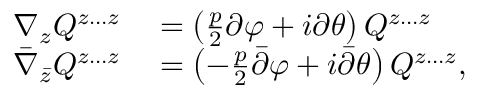
\begin{array} { r l } { \nabla _ { z } Q ^ { z \ldots z } } & { { } = \left( \frac { p } { 2 } \partial \varphi + i \partial \theta \right) Q ^ { z \ldots z } } \\ { \bar { \nabla } _ { \bar { z } } Q ^ { z \ldots z } } & { { } = \left( - \frac { p } { 2 } \bar { \partial } \varphi + i \bar { \partial } \theta \right) Q ^ { z \ldots z } , } \end{array}